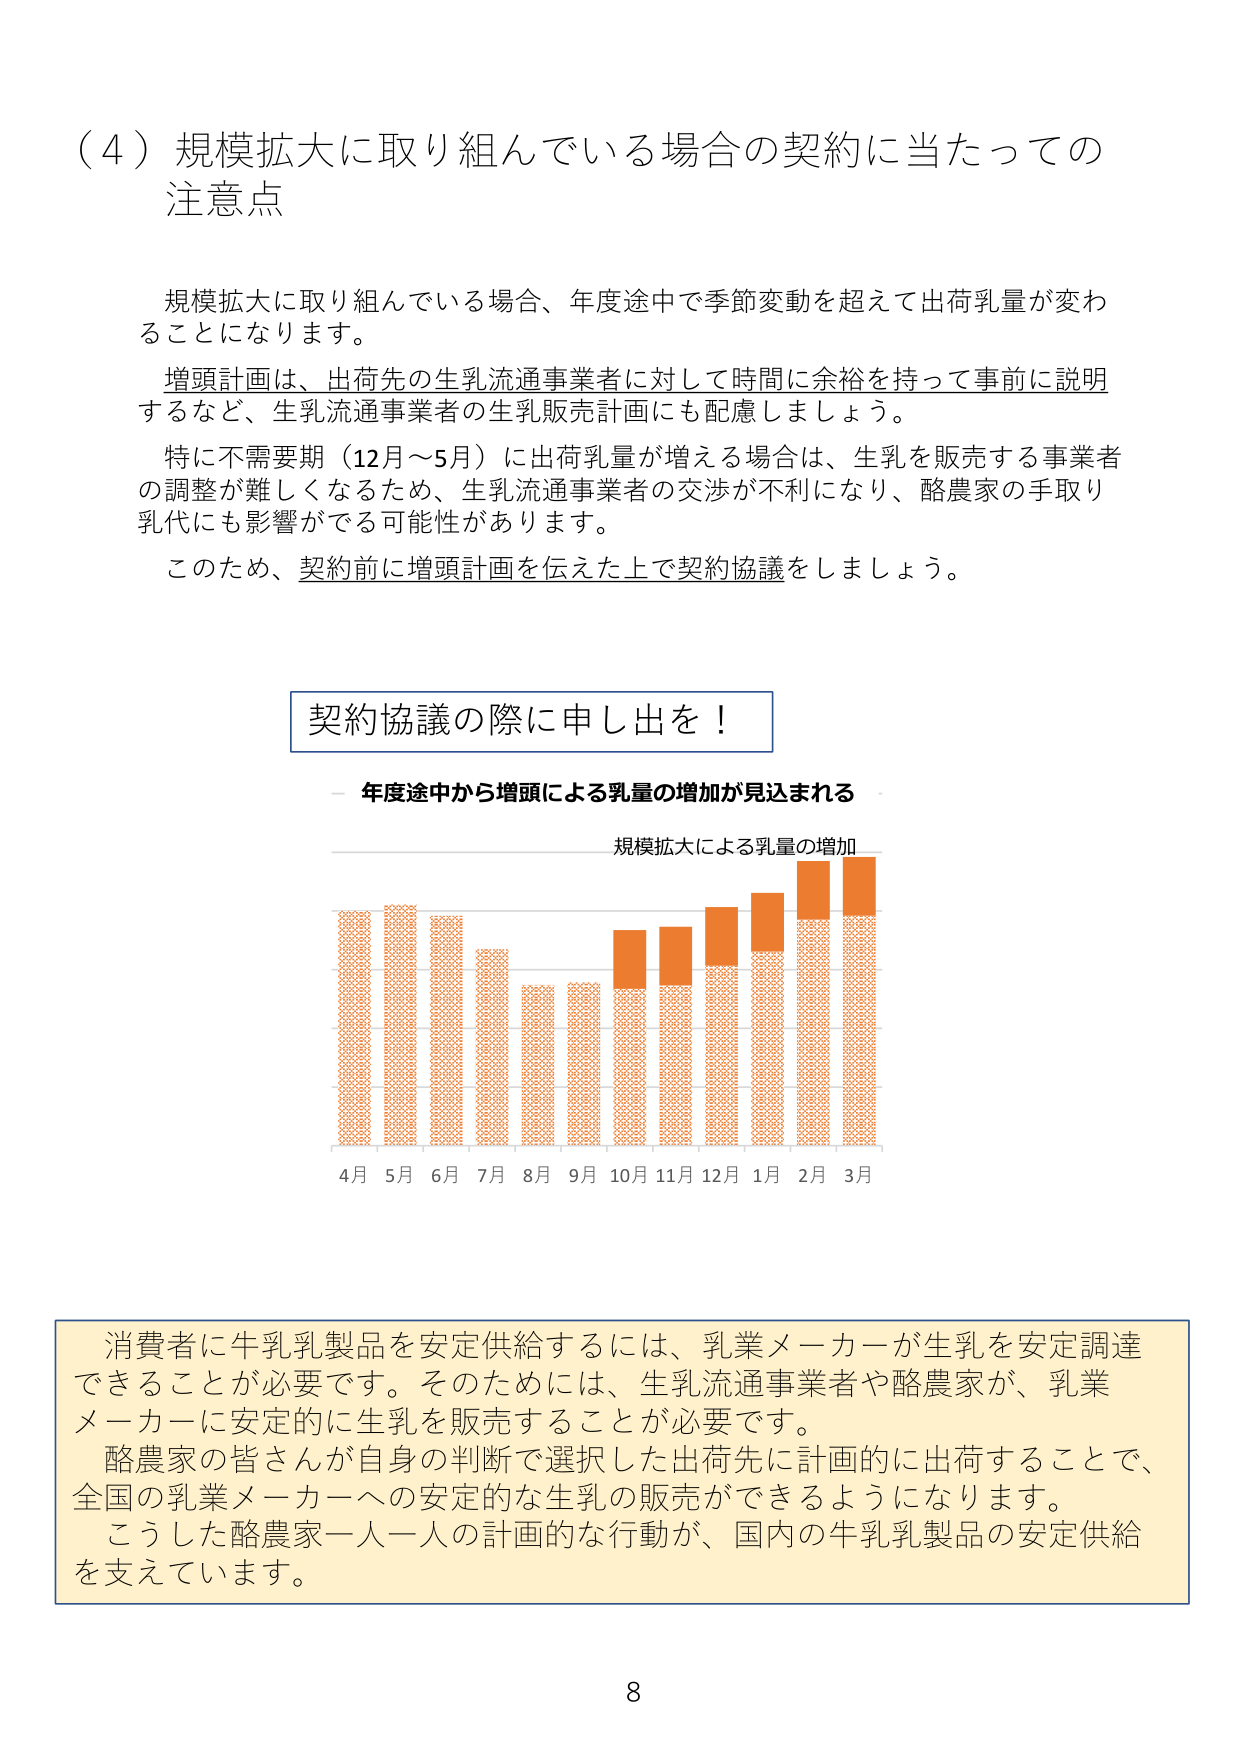
（４）規模拡大に取り組んでいる場合の契約に当たっての注意点

規模拡大に取り組んでいる場合、年度途中で季節変動を超えて出荷乳量が変わることになります。
増頭計画は、出荷先の生乳流通事業者に対して時間に余裕を持って事前に説明するなど、生乳流通事業者の生乳販売計画にも配慮しましょう。
特に不需要期（12月～5月）に出荷乳量が増える場合は、生乳を販売する事業者の調整が難しくなるため、生乳流通事業者の交渉が不利になり、酪農家の手取り乳代にも影響がでる可能性があります。
このため、契約前に増頭計画を伝えた上で契約協議をしましょう。

契約協議の際に申し出を！

－ 年度途中から増頭による乳量の増加が見込まれる

規模拡大による乳量の増加

4月 5月 6月 7月 8月 9月 10月 11月 12月 1月 2月 3月

消費者に牛乳乳製品を安定供給するには、乳業メーカーが生乳を安定調達できることが必要です。そのためには、生乳流通事業者や酪農家が、乳業メーカーに安定的に生乳を販売することが必要です。
酪農家の皆さんが自身の判断で選択した出荷先に計画的に出荷することで、全国の乳業メーカーへの安定的な生乳の販売ができるようになります。
こうした酪農家一人一人の計画的な行動が、国内の牛乳乳製品の安定供給を支えています。

8